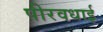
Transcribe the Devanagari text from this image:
पीरवधाई